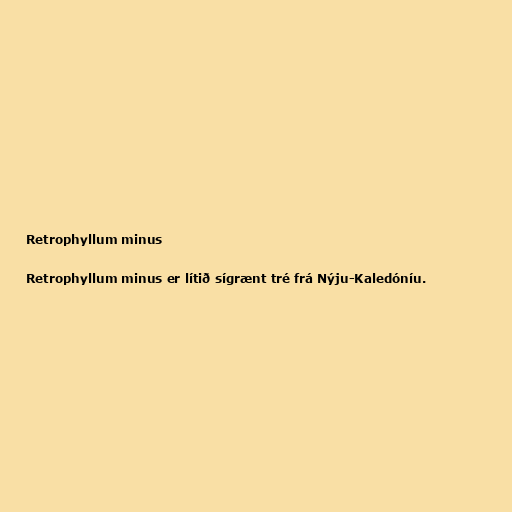
Retrophyllum minus

Retrophyllum minus er lítið sígrænt tré frá Nýju-Kaledóníu.